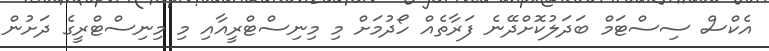
އެކްސް ސިސްޓަމް ބަދަލުކޮށްދޭނެ ފަރާތެއް ހޯދުމަށް މި މިނިސްޓްރީއާއި މި މިނިސްޓްރީގެ ދަށުން